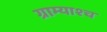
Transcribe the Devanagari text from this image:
ग्राम्याश्च